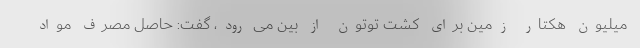
میلیون هکتار زمین برای کشت توتون از بین می ‌رود، گفت: حاصل مصرف مواد